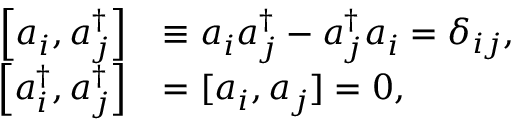
{ \begin{array} { r l } { \left[ a _ { i } ^ { \, } , a _ { j } ^ { \dagger } \right] } & { \equiv a _ { i } ^ { \, } a _ { j } ^ { \dagger } - a _ { j } ^ { \dagger } a _ { i } ^ { \, } = \delta _ { i j } , } \\ { \left[ a _ { i } ^ { \dagger } , a _ { j } ^ { \dagger } \right] } & { = [ a _ { i } ^ { \, } , a _ { j } ^ { \, } ] = 0 , } \end{array} }